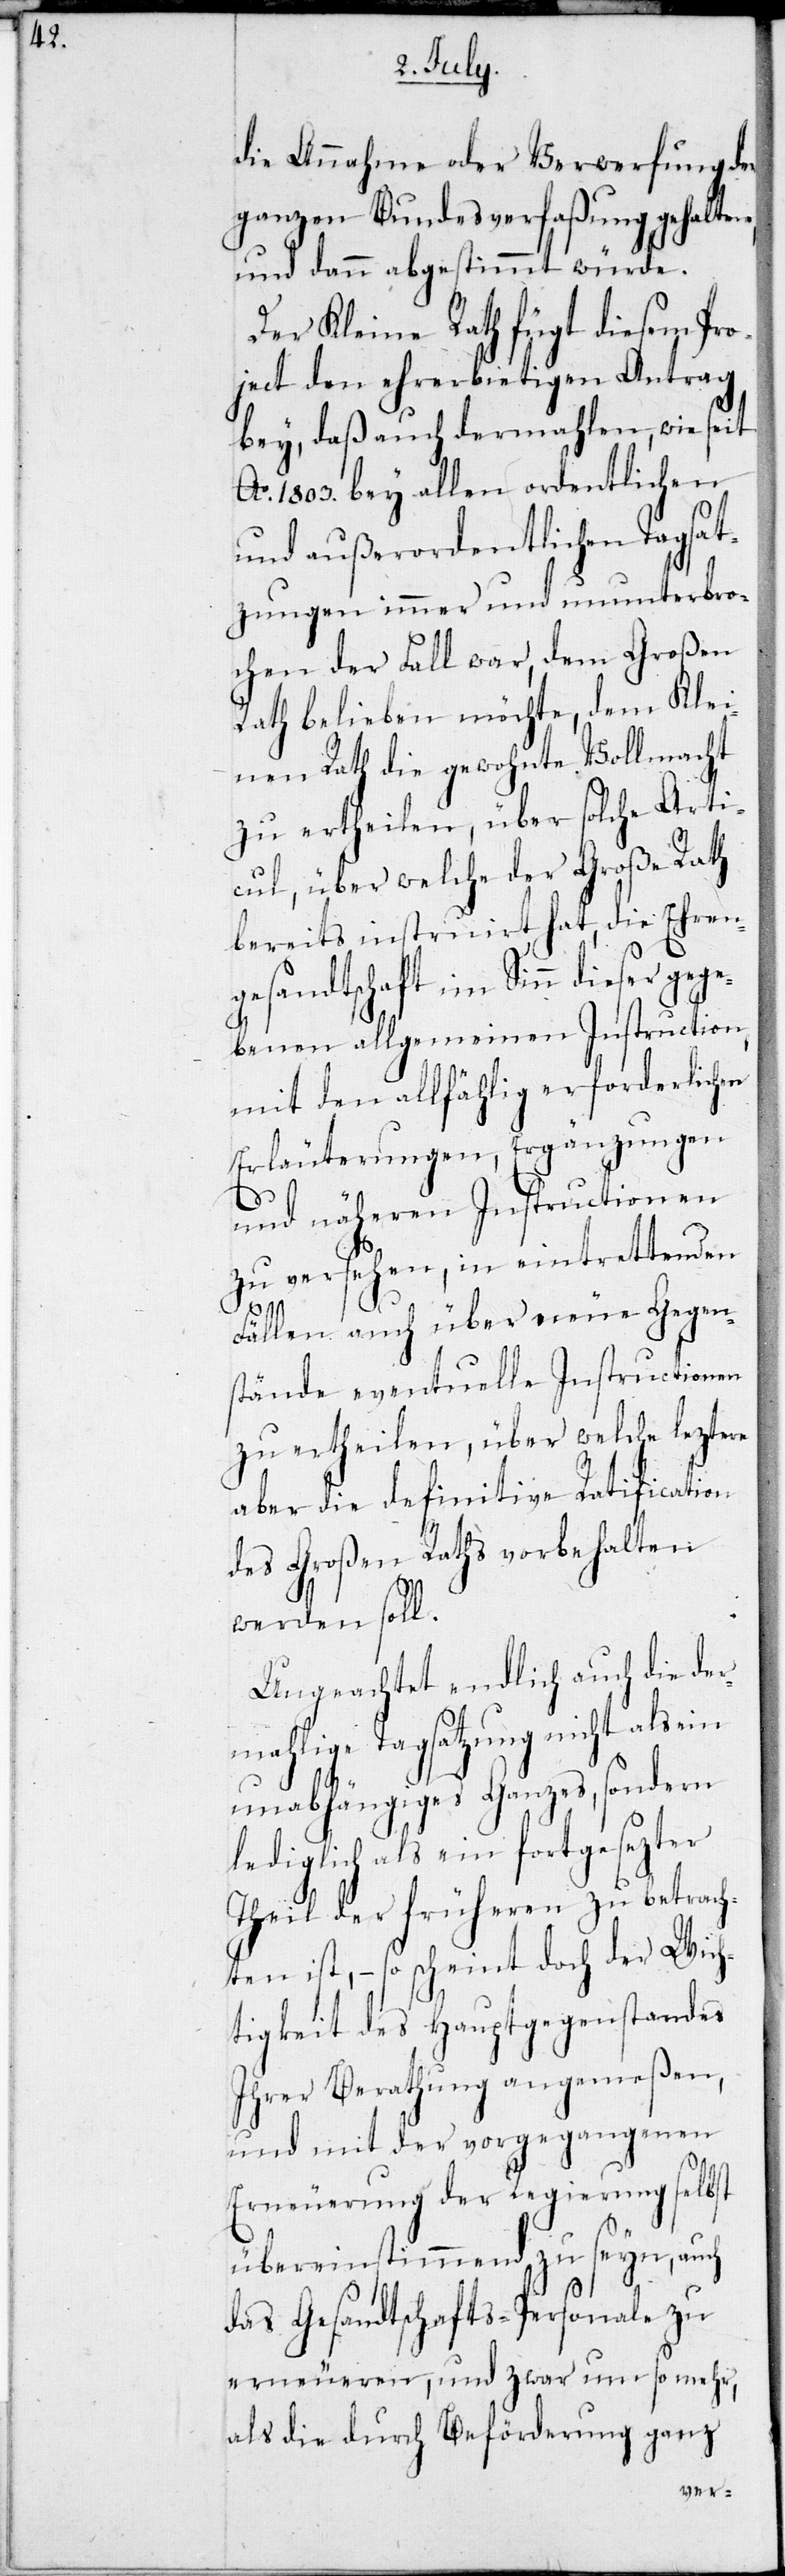
die Annahme der Verwerfung der
ganzen Bundesverfaßung gehalten
und abgestimmt würde.
Der Kleine Rath fügt diesem Pro¬
ject den ehrerbietigen Antrag
bey, daß auch dermahlen, wie seit
Ao 1803. bey allen ordentlichen
und außerordentlichen Tagsat¬
zungen immer und ununterbro¬
chen der Fall war, dem Großen
Rath belieben möchte, dem Klei¬
nen Rath die gewohnte Vollmacht
zu ertheilen, über solche Arti¬
cul, über welche der Große Rath
bereits instruirt hat, die Ehren¬
gesandtschaft im Sinn dieser geg¬
ebenen allgemeinen Instruction
mit den allfählig erforderlichen
Erläuterungen, Ergänzungen
und näheren Instructionen
zu versehen, in eintrettenden
Fällen auch über neue Gegen¬
stände eventuelle Instructionen
zu ertheilen, über welche lezten
aber die definitive Ratification
des Großen Raths vorbehalten
werden soll.
Ungeachtet endlich auch die der¬
mahlige Tagsatzung nicht als ein
unabhängiges Ganzes, sondern
lediglich als ein fortgesezter
Theil der früheren zu betrach¬
ten ist, – so scheint doch der Wich¬
tigkeit des Hauptgegenstandes
ihrer Berathung angemeßen,
und mit der vorgegangenen
Erneuerung der Regierung selbst
übereinstimmend zu seyn, auch
das Gesandtschafts-Personal zu
erneueren, und zwar um so mehr,
als die durch Beförderung ganz